Report of the Indian Hemp Drugs Commission, 1894-1895 - Volume VI
Year: 1894
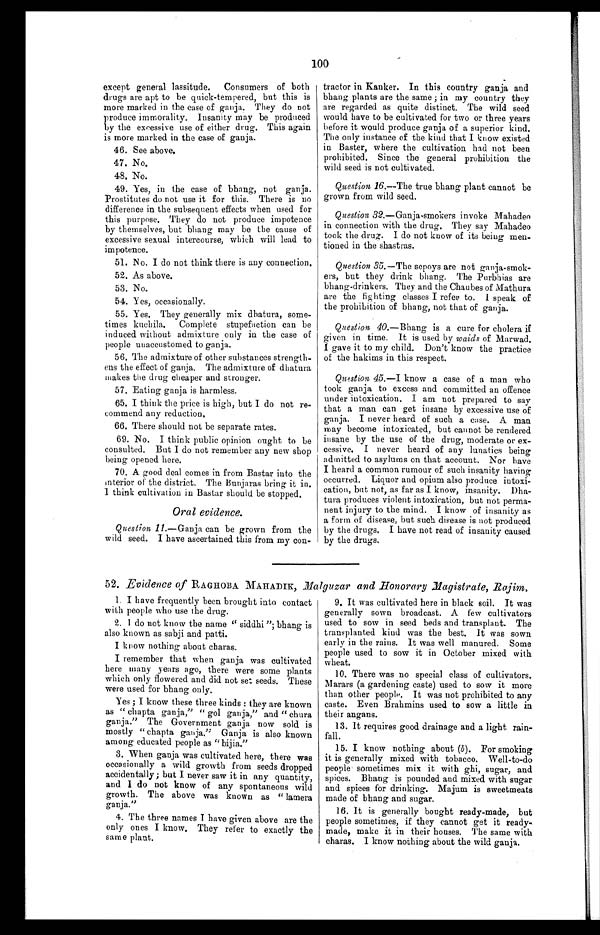
100
except general lassitude. Consumers of both
drugs are apt to be quick-tempered, but this is
more marked in the case of ganja. They do not
produce immorality. Insanity may be produced
by the excessive use of either drug. This again
is more marked in the case of ganja.
46. See above.
47. No.
48. No.
49. Yes, in the case of bhang, not ganja.
Prostitutes do not use it for this. There is no
difference in the subsequent effects when used for
this purpose. They do not produce impotence
by themselves, but bhang may be the cause of
excessive sexual intercourse, which will lead to
impotence.
51. No. I do not think there is any connection.
52. As above.
53. No.
54. Yes, occasionally.
55. Yes. They generally mix dhatura, some-
times kuchila. Complete stupefaction can be
induced without admixture only in the case of
people unaccustomed to ganja.
56. The admixture of other substances strength-
ens the effect of ganja. The admixture of dhatura
makes the drug cheaper and stronger.
57. Eating ganja is harmless.
65. I think the price is high, but I do not re-
commend any reduction.
66. There should not be separate rates.
69. No. I think public opinion ought to be
consulted. But I do not remember any new shop
being opened here.
70. A good deal comes in from Bastar into the
interior of the district. The Bunjaras bring it in.
I think cultivation in Bastar should be stopped.
Oral evidence.
Question 11. —Ganja can be grown from the
wild seed. I have ascertained this from my con-
tractor in Kanker. In this country ganja and
bhang plants are the same ; in my country they
are regarded as quite distinct. The wild seed
would have to be cultivated for two or three years
before it would produce ganja of a superior kind.
The only instance of the kind that I know existed
in Baster, where the cultivation had not been
prohibited. Since the general prohibition the
wild seed is not cultivated.
Question 16. —The true bhang plant cannot be
grown from wild seed.
Question 32.—Ganja-smokers invoke Mahadeo
in connection with the drug. They say Mahadeo
took the drug. I do not know of its being men-
tioned in the shastras.
Question 35. —The sepoys are not ganja-smok-
ers, but they drink bhang. The Purbhias are
bhang-drinkers. They and the Chaubes of Mathura
are the fighting classes I refer to. I speak of
the prohibition of bhang, not that of ganja.
Question 40. —Bhang is a cure for cholera if
given in time. It is used by waids of Marwad.
I gave it to my child. Don't know the practice
of the hakims in this respect.
Question 45.—I know a case of a man who
took ganja to excess and committed an offence
under intoxication. I am not prepared to say
that a man can get insane by excessive use of
ganja. I never heard of such a case. A man
may become intoxicated, but cannot be rendered
insane by the use of the drug, moderate or ex-
cessive. I never heard of any lunatics being
admitted to asylums on that account. Nor have
I heard a common rumour of such insanity having
occurred. Liquor and opium also produce intoxi-
cation, but not, as far as I know, insanity. Dha-
tura produces violent intoxication, but not perma-
nent injury to the mind. I know of insanity as
a form of disease, but such disease is not produced
by the drugs. I have not read of insanity caused
by the drugs.
52. Evidence of RAGHOBA MAHADIK , Malguzar and Honorary Magistrate, Rajim.
1. I have frequently been brought into contact
with people who use the drug.
2. I do not know the name " siddhi "; bhang is
also known as sabji and patti.
I know nothing about charas.
I remember that when ganja was cultivated
here many years ago, there were some plants
which only flowered and did not set seeds. These
were used for bhang only.
Yes ; I know these three kinds : they are known
as " chapta ganja," " gol ganja," and " chura
ganja." The Government ganja now sold is
mostly "chapta ganja," Ganja is also known
among educated people as "bijia."
3. When ganja was cultivated here, there was
occasionally a wild growth from seeds dropped
accidentally ; but I never saw it in any quantity,
and I do not know of any spontaneous wild
growth. The above was known as " lamera
ganja."
4. The three names I have given above are the
only ones I know. They refer to exactly the
same plant.
9. It was cultivated here in black soil. It was
generally sown broadcast. A few cultivators
used to sow in seed beds and transplant. The
transplanted kind was the best. It was sown
early in the rains. It was well manured. Some
people used to sow it in October mixed with
wheat.
10. There was no special class of cultivators.
Marars (a gardening caste) used to sow it more
than other people. It was not prohibited to any
caste. Even Brahmins used to sow a little in
their angans.
13. It requires good drainage and a light rain-
fall.
15. I know nothing about (b ). For smoking
it is generally mixed with tobacco. Well-to-do
people sometimes mix it with ghi, sugar, and
spices. Bhang is pounded and mixed with sugar
and spices for drinking. Majum is sweetmeats
made of bhang and sugar.
16. It is generally bought ready-made, but
people sometimes, if they cannot get it ready-
made, make it in their houses. The same with
charas. I know nothing about the wild ganja.